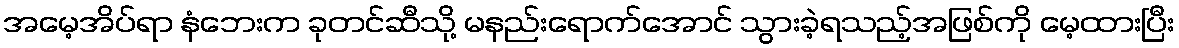
အမေ့အိပ်ရာ နံဘေးက ခုတင်ဆီသို့ မနည်းရောက်အောင် သွားခဲ့ရသည့်အဖြစ်ကို မေ့ထားပြီး